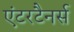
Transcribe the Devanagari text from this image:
एंटरटैनर्स